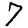
Digit: 7